Calcutta medical institutions reports 1879-81 [i.e.91]
Year: 1879
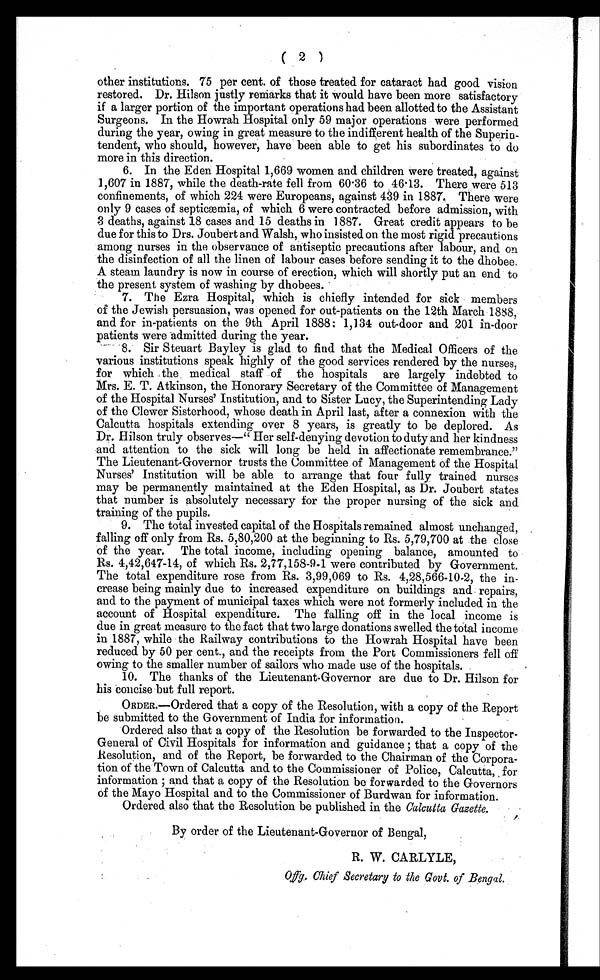
( 2 )
other institutions. 75 per cent. of those treated for cataract had good vision
restored. Dr. Hilson justly remarks that it would have been more satisfactory
if a larger portion of the important operations had been allotted to the Assistant
Surgeons. In the Howrah Hospital only 59 major operations were performed
during the year, owing in great measure to the indifferent health of the Superin-
tendent, who should, however, have been able to get his subordinates to do
more in this direction.
6. In the Eden Hospital 1,669 women and children were treated, against
1,607 in 1887, while the death-rate fell from 60 . 36 to 46 . 13. There were 513
confinements, of which 224 were Europeans, against 439 in 1887. There were
only 9 cases of septicæmia, of which 6 were contracted before admission, with
3 deaths, against 18 cases and 15 deaths in 1887. Great credit appears to be
due for this to Drs. Joubert and Walsh, who insisted on the most rigid precautions
among nurses in the observance of antiseptic precautions after labour, and on
the disinfection of all the linen of labour cases before sending it to the dhobee.
A steam laundry is now in course of erection, which will shortly put an end to
the present system of washing by dhobees.
7. The Ezra Hospital, which is chiefly intended for sick members
of the Jewish persuasion, was opened for out-patients on the 12th March 1888,
and for in-patients on the 9th April 1888: 1,134 out-door and 201 in-door
patients were admitted during the year.
8. Sir Steuart Bayley is glad to find that the Medical Officers of the
various institutions speak highly of the good services rendered by the nurses,
for which the medical staff of the hospitals are largely indebted to
Mrs. E. T. Atkinson, the Honorary Secretary of the Committee of Management
of t he Hospi t al Nur ses’ I nst i t ut i on, and t o Si st er Lucy, t he Super i nt endi ng Lady
of the Clewer Sisterhood, whose death in April last, after a connexion with the
Calcutta hospitals extending over 8 years, is greatly to be deplored. As
Dr. Hilson truly observes—“Her self-denying devotion to duty and her kindness
and attention to the sick will long be held in affectionate remembrance.”
The Lieutenant-Governor trusts the Committee of Management of the Hospital
N u r s e s ’ I n s t i t u t i o n w i l l b e a b l e t o a r r a n g e t h a t f o u r f u l l y t r a i n e d n u r s e s
may be permanently maintained at the Eden Hospital, as Dr. Joubert states
that number is absolutely necessary for the proper nursing of the sick and
training of the pupils.
9. The total invested capital of the Hospitals remained almost unchanged,
falling off only from Rs. 5,80,200 at the beginning to Rs. 5,79,700 at the close
of the year. The total income, including opening balance, amounted to
Rs. 4,42,647- 14, of which Rs. 2,77,158-9-1 were contributed by Government.
The total expenditure rose from Rs. 3,99,069 to Rs. 4,28,566-10-2, the in-
crease being mainly due to increased expenditure on buildings and repairs,
and to the payment of municipal taxes which were not formerly included in the
account of Hospital expenditure. The falling off in the local income is
due in great measure to the fact that two large donations swelled the total income
in 1887, while the Railway contributions to the Howrah Hospital have been
reduced by 50 per cent., and the receipts from the Port Commissioners fell off
owing to the smaller number of sailors who made use of the hospitals.
10. The thanks of the Lieutenant-Governor are due to Dr. Hilson for
his concise but full report.
ORDER.—Ordered that a copy of the Resolution, with a copy of the Report
be submitted to the Government of India for information.
Ordered also that a copy of the Resolution be forwarded to the Inspector-
General of Civil Hospitals for information and guidance ; that a copy of the
Resolution, and of the Report, be forwarded to the Chairman of the Corpora-
tion of the Town of Calcutta and to the Commissioner of Police, Calcutta, for
information ; and that a copy of the Resolution be forwarded to the Governors
of the Mayo Hospital and to the Commissioner of Burdwan for information.
Ordered also that the Resolution be published in the Calcutta Gazette.
By order of the Lieutenant-Governor of Bengal,
R. W. CARLYLE,
Offg. Chief Secretary to the Govt. of Bengal.